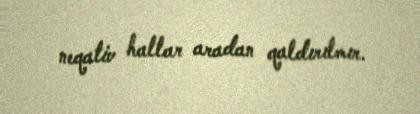
neqativ hallar aradan qaldırılmır.